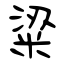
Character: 粱